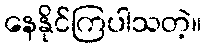
နေနိုင်ကြပါသတဲ့။